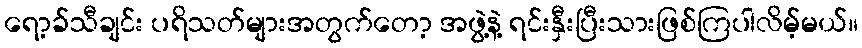
ရော့ခ်သီချင်း ပရိသတ်များအတွက်တော့ အဖွဲ့နဲ့ ရင်းနှီးပြီးသားဖြစ်ကြပါလိမ့်မယ်။